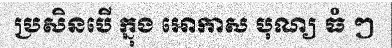
ប្រសិនបើ ក្នុង អោកាស បុណ្យ ធំ ៗ